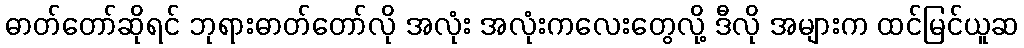
ဓာတ်တော်ဆိုရင် ဘုရားဓာတ်တော်လို အလုံး အလုံးကလေးတွေလို့ ဒီလို အများက ထင်မြင်ယူဆ